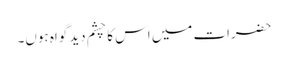
حضرات میں اس کا چشم دید گواہ ہوں۔